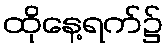
ထိုနေ့ရက်၌